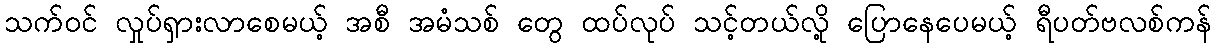
သက်ဝင် လှုပ်ရှားလာစေမယ့် အစီ အမံသစ် တွေ ထပ်လုပ် သင့်တယ်လို့ ပြောနေပေမယ့် ရီပတ်ဗလစ်ကန်